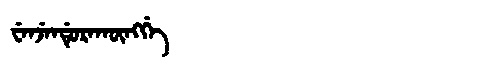
Manchu: ᠸᡝᠨᠵᡝᠨᡩᡠᡵᠠᡴᡡᠩᡤᡝ
Romanization: WENJENDURAKŪNGGE